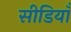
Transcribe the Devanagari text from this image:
सीडियाँ